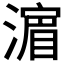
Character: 𣾉